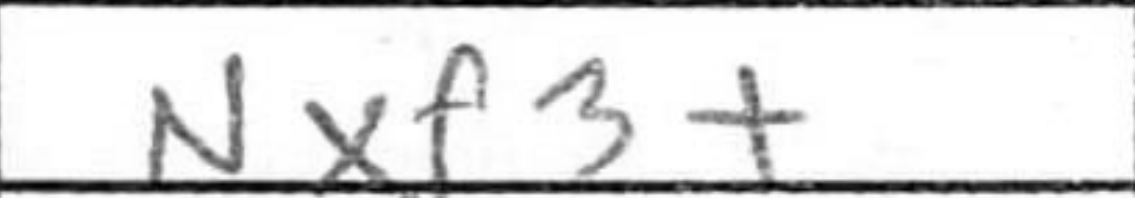
Transcription: Nxf3+